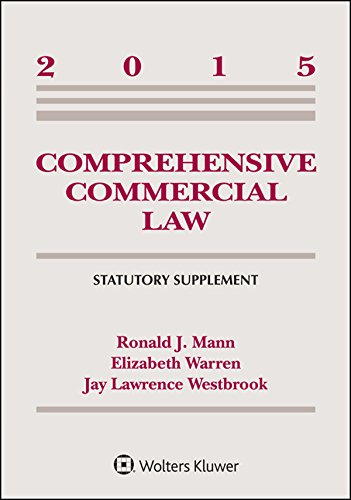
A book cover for Comprehensive Commercial Law 2015 Statutory Supplement; Ronald J. Mann; Law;